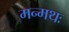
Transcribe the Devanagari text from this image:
मन्मथः